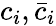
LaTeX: c_{i},{\bar{c}}_{i}